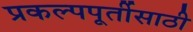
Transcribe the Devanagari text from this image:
प्रकल्पपूर्तीसाठी